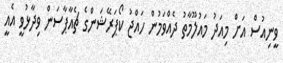
ވީނިއުސް އަށް މިއަދު މައުލޫމާތު ދެއްވަމުން ހައްޖު ކޯޕަރޭޝަންގެ ޗެއާޕާސަން ވިދާޅުވީ އެއީ